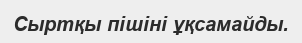
Сыртқы пішіні ұқсамайды.